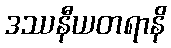
ဒဿနီယတရာနိ